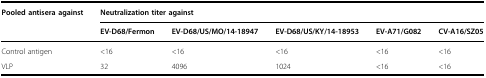
<table><thead><tr><td><b>Pooled antisera against</b></td><td colspan="5"><b>Neutralization titer against</b></td></tr><tr><td></td><td><b>EV-D68/Fermon</b></td><td><b>EV-D68/US/MO/14-18947</b></td><td><b>EV-D68/US/KY/14-18953</b></td><td><b>EV-A71/G082</b></td><td><b>CV-A16/SZ05</b></td></tr></thead><tbody><tr><td>Control antigen</td><td>&lt;16</td><td>&lt;16</td><td>&lt;16</td><td>&lt;16</td><td>&lt;16</td></tr><tr><td>VLP</td><td>32</td><td>4096</td><td>1024</td><td>&lt;16</td><td>&lt;16</td></tr></tbody></table>